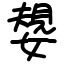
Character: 嫢